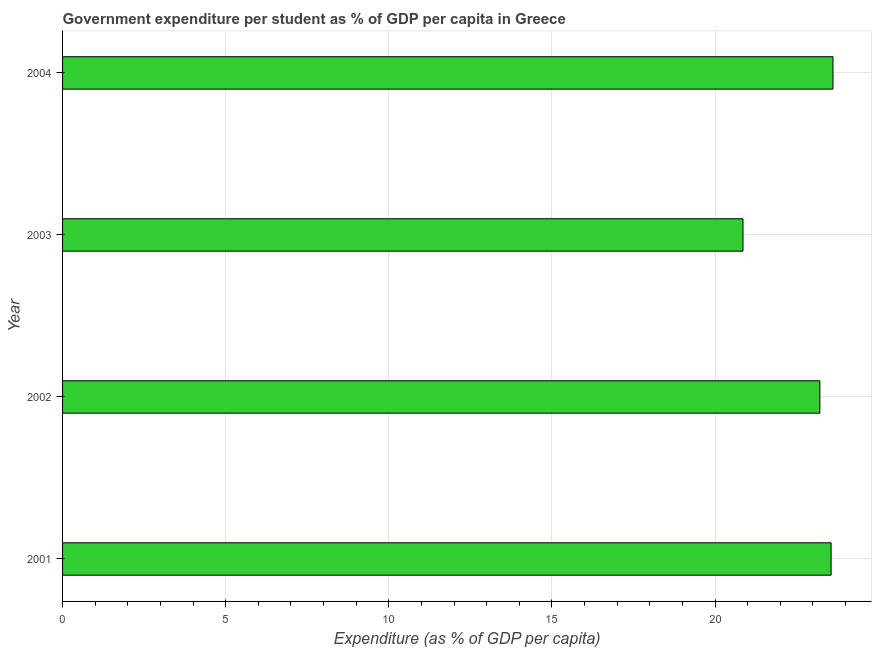
| Year | Government expenditure per tertiary student |
 | --- | --- |
 | 2001 | 23.6 |
 | 2002 | 23.2 |
 | 2003 | 20.9 |
 | 2004 | 23.6 |